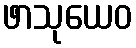
ဖာသုယေဝ